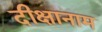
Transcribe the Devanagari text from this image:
दीक्षानाम